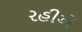
રહીએ